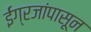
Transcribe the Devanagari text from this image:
ईंग्रजांपासून